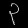
Digit: ၃